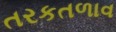
તરકતળાવ